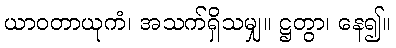
ယာဝတာယုကံ၊ အသက်ရှိသမျှ။ ဋ္ဌတွာ၊ နေ၍။